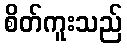
စိတ်ကူးသည်